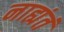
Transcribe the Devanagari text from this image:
नाह्यंतं